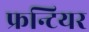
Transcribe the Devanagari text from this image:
फ्रन्टियर